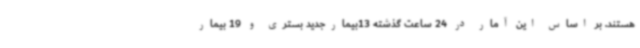
هستند. بر اساس این آمار در 24 ساعت گذشته 13بیمارجدید بستری و 19 بیمار